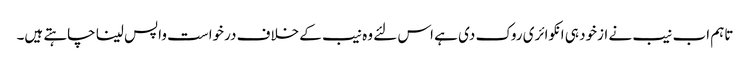
تاہم اب نیب نے ازخود ہی انکوائری روک دی ہے اس لئے وہ نیب کے خلاف درخواست واپس لینا چاہتے ہیں۔